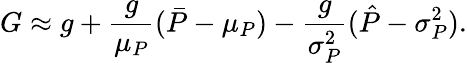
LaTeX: G\approx g+\frac{g}{\mu_{P}}(\bar{P}-\mu_{P})-\frac{g}{\sigma_{P}^{2}}(\hat{P}-\sigma_{P}^{2}).